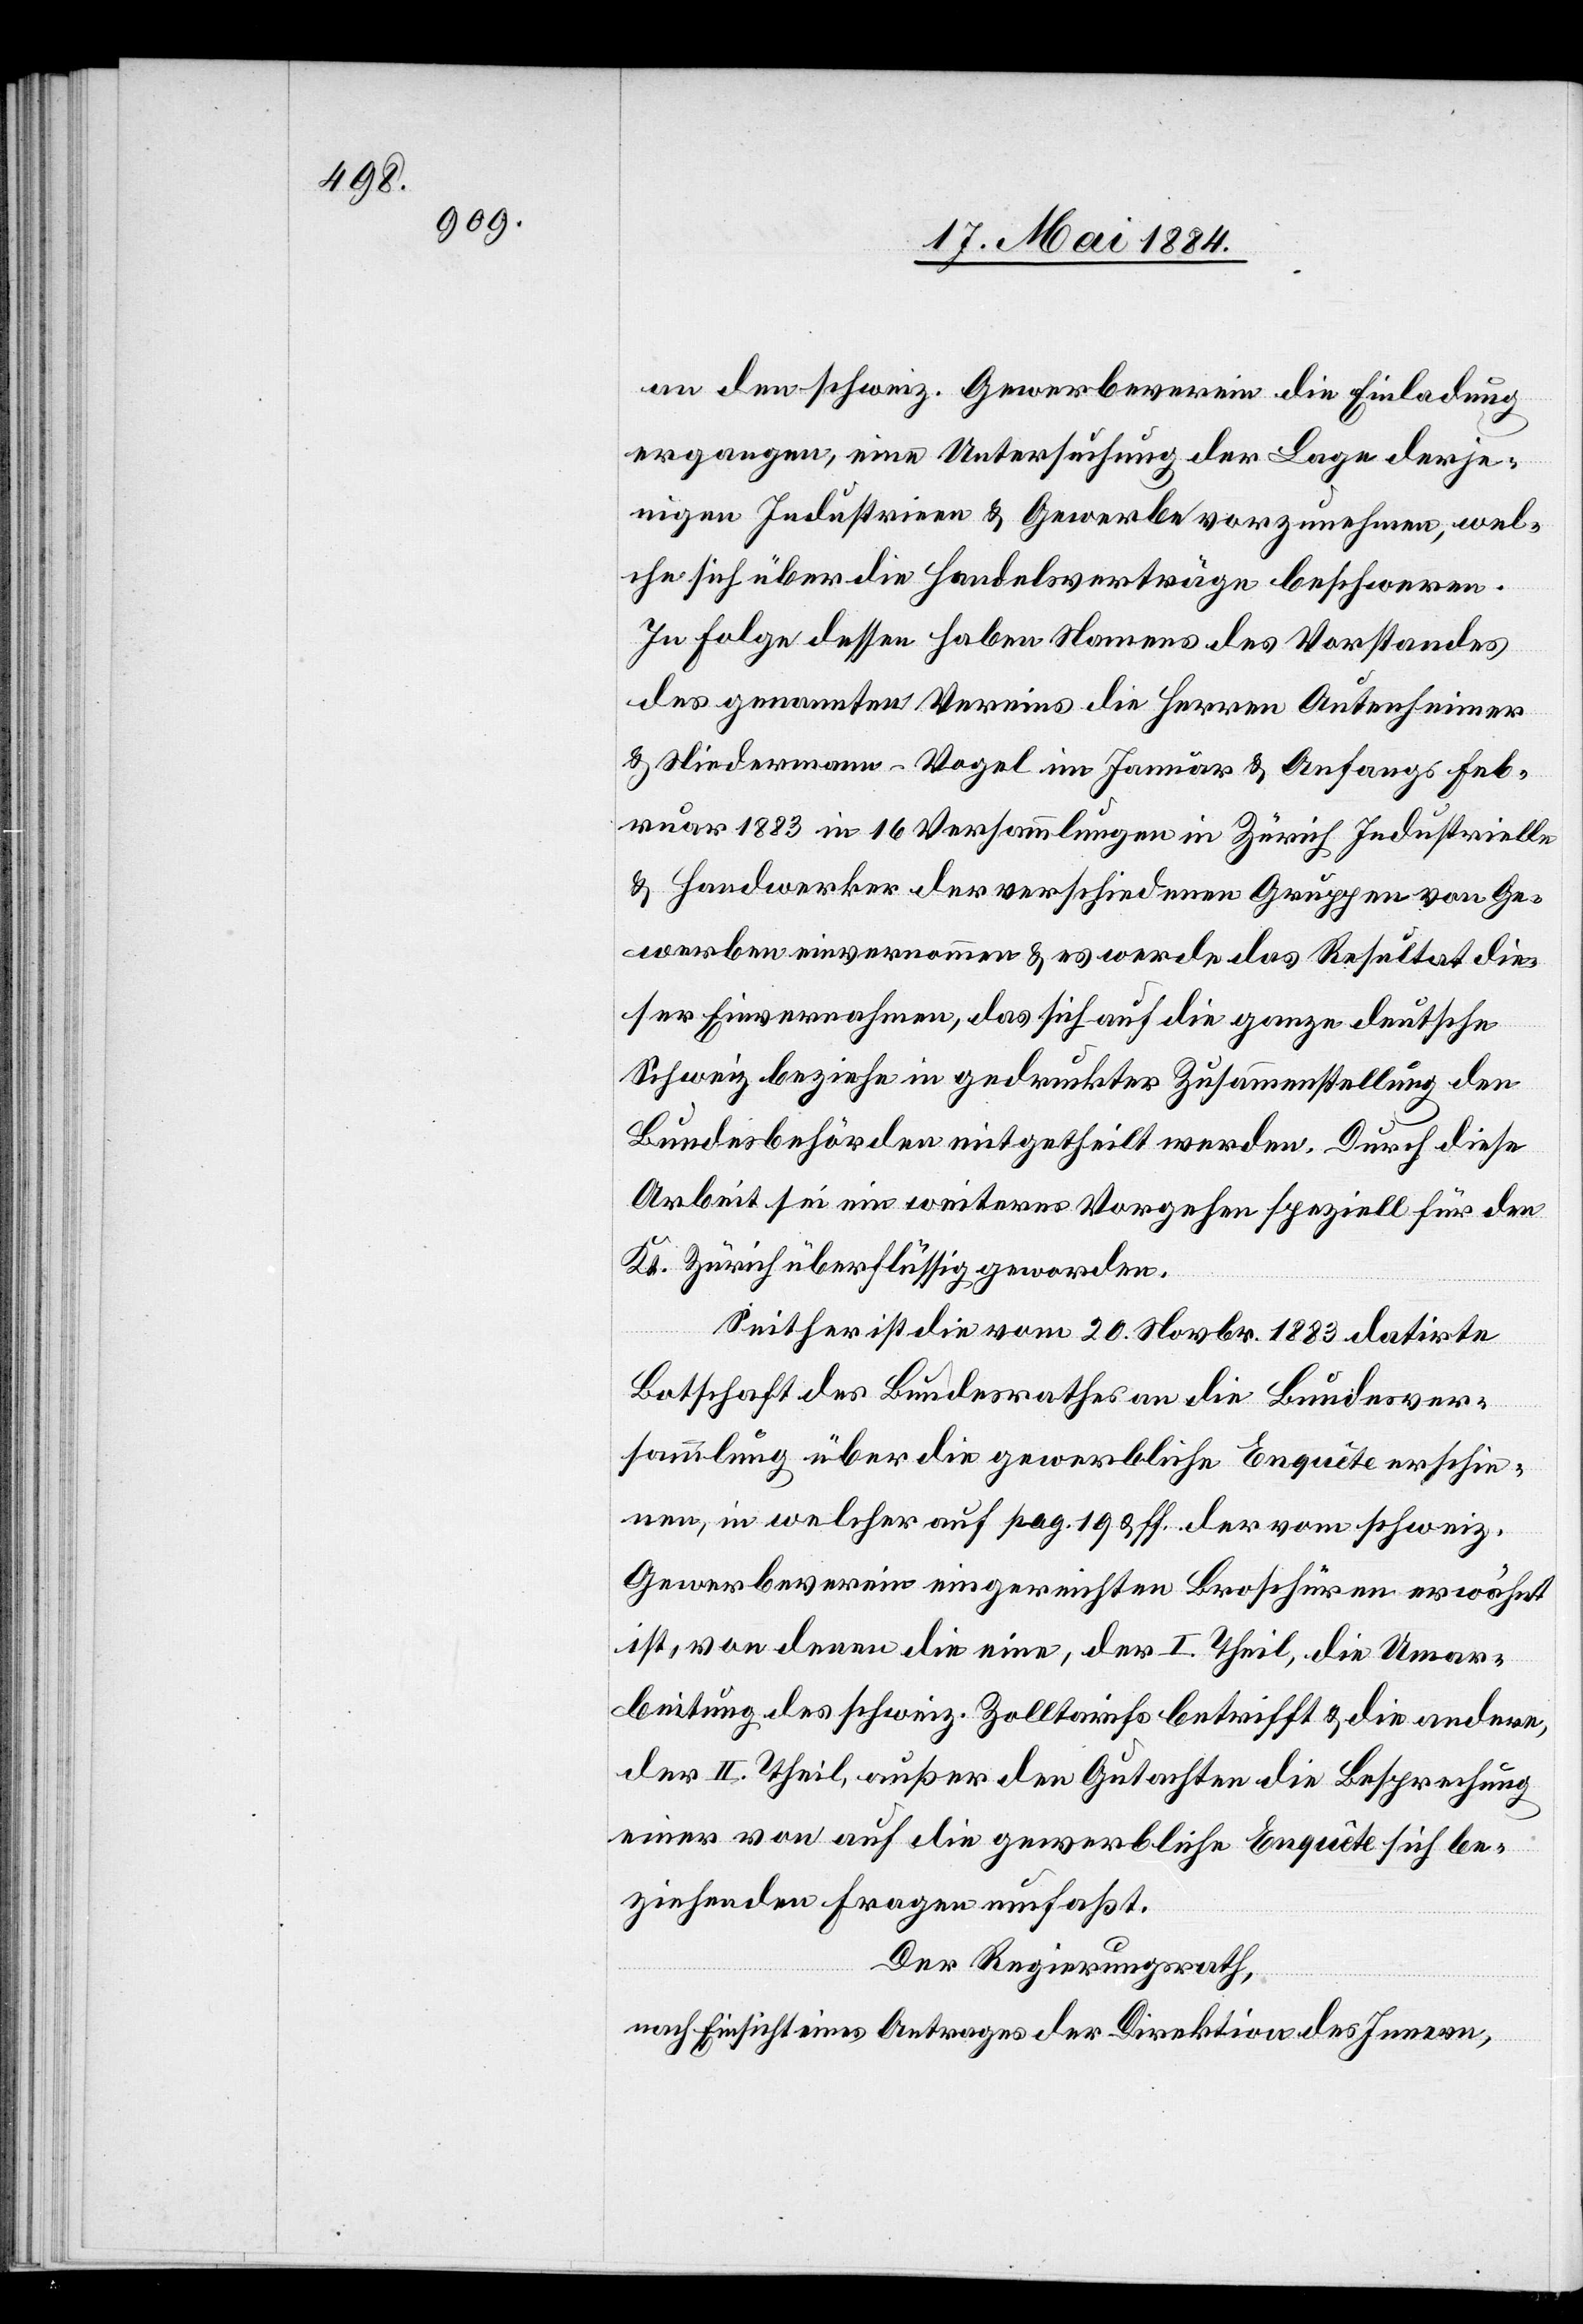
an den schweiz. Gewerbeverein die Einladung
ergangen, eine Untersuchung der Lage derje¬
nigen Industrien & Gewerbe vorzunehmen, wel¬
che sich über die Handelsverträge beschweren.
In Folge dessen haben Namens des Vorstandes
des genannten Vereins die Herren Autenheimer
& Niedermann-Vogel im Januar & Anfangs Feb¬
ruar 1883 in 16 Versammlungen in Zürich Industrielle
& Handwerker der verschiedenen Gruppen von Ge¬
werben einvernommen & es werde das Resultat die¬
ser Einvernahme, das sich auf die ganze deutsche
Schweiz beziehe in gedruckter Zusammenstellung den
Bundesbehörden mitgetheilt werden. Durch diese
Arbeit sei ein weiteres Vorgehen speziell für den
Kt. Zürich überflüssig geworden.
Seither ist die vom 20. November 1883 datirte
Botschaft des Bundesrathes an die Bundesver¬
sammlung über die gewerbliche Enquête erschie¬
nen, in welcher auf pag. 19 & ff. der vom schweiz.
Gewerbeverein eingerichteten Broschüren erwähnt
ist, von denen die eine, der I. Theil, die Umar¬
beitung des schweiz. Zolltarifs betrifft & die andere,
der II. Theil, außer den Gutachten die Besprechung
einer von auf die gewerbliche Enquête sich be¬
ziehenden Fragen umfaßt.
Der Regierungsrath,
nach Einsicht eines Antrages der Direktion des Innern,